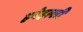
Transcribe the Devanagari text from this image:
हनेहल्ली